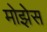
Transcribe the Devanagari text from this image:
मोझेेस